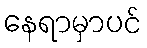
နေရာမှာပင်